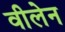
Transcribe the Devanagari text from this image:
वीलेन